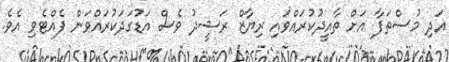
އަދި މުސްތަފާ އަށް ތާއީދުކުރައްވައި ރިޔާޒް ރަޝީދު ވެސް އަޑުގަދަކުރައްވަން ފެއްޓެވި އެވެ.